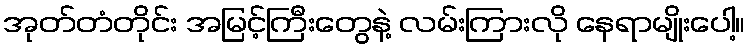
အုတ်တံတိုင်း အမြင့်ကြီးတွေနဲ့ လမ်းကြားလို နေရာမျိုးပေါ့။